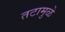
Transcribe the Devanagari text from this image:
तटामुळे